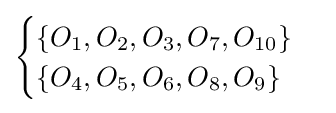
{\begin{cases}\{O_{1},O_{2},O_{3},O_{7},O_{10}\}\\\{O_{4},O_{5},O_{6},O_{8},O_{9}\}\end{cases}}